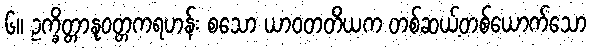
၆။ ဥက္ခိတ္တာနုဝတ္တကရဟန်း စသော ယာဝတတိယက တစ်ဆယ့်တစ်ယောက်သော